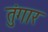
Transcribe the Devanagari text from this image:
तुंगार